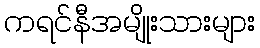
ကရင်နီအမျိုးသားများ